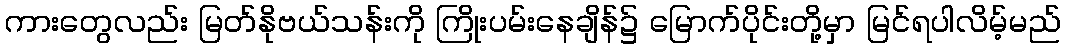
ကားတွေလည်း မြတ်နိုဗယ်သန်းကို ကြိုးပမ်းနေချိန်၌ မြောက်ပိုင်းတို့မှာ မြင်ရပါလိမ့်မည်